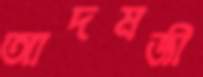
আদমজী